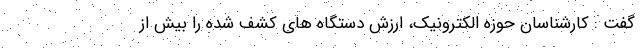
گفت : کارشناسان حوزه الکترونیک، ارزش دستگاه های کشف شده را بیش از